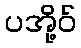
ပအို့ဝ်